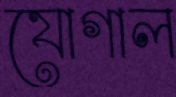
যোগাল